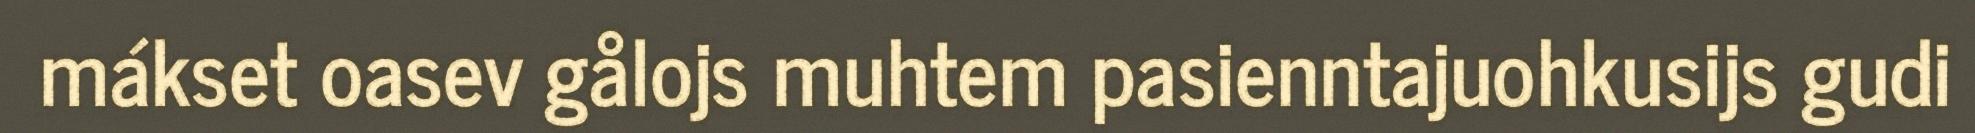
mákset oasev gålojs muhtem pasienntajuohkusijs gudi